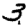
Digit: 3